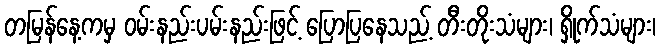
တမြန်နေ့ကမှ ဝမ်းနည်းပမ်းနည်းဖြင့် ပြောပြနေသည့် တီးတိုးသံများ၊ ရှိုက်သံများ၊